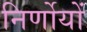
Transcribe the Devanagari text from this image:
निर्णोयों